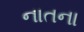
નાતના